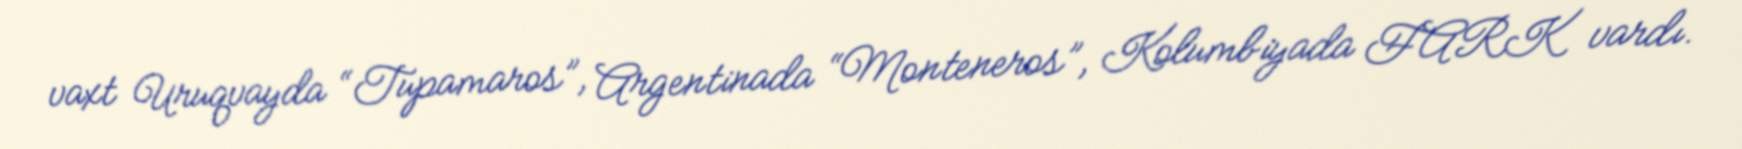
vaxt Uruqvayda “Tupamaros”, Argentinada “Monteneros”, Kolumbiyada FARK vardı.